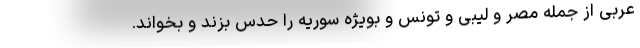
عربی از جمله مصر و لیبی و تونس و بویژه سوریه را حدس بزند و بخواند.